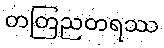
တတြညတရဿ